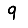
Digit: 9